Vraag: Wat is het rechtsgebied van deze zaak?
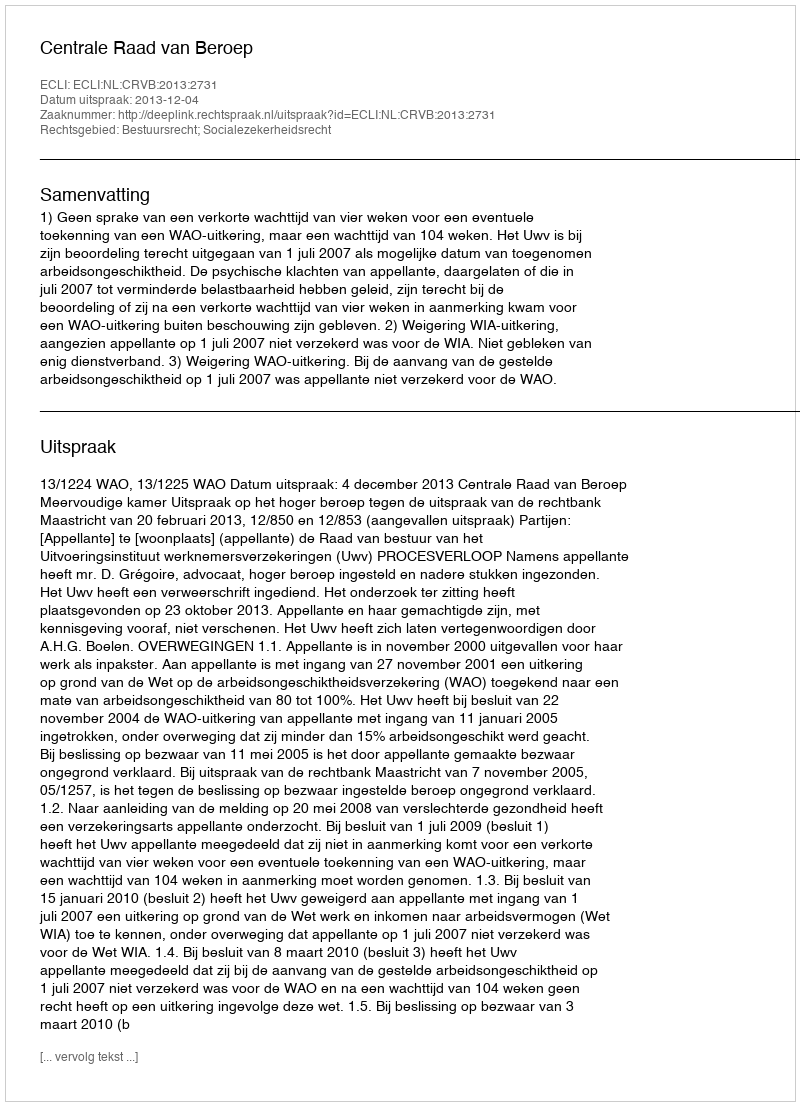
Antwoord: Bestuursrecht; Socialezekerheidsrecht